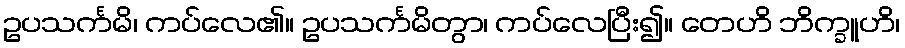
ဥပသင်္ကမိ၊ ကပ်လေ၏။ ဥပသင်္ကမိတွာ၊ ကပ်လေပြီး၍။ တေဟိ ဘိက္ခူဟိ၊